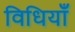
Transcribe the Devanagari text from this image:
विधियाँं